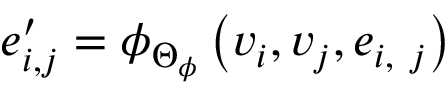
\boldsymbol { e } _ { i , j } ^ { \prime } = \phi _ { \boldsymbol { \Theta } _ { \phi } } \left( \boldsymbol { v } _ { i } , \boldsymbol { v } _ { j } , \boldsymbol { e } _ { i , \ j } \right)